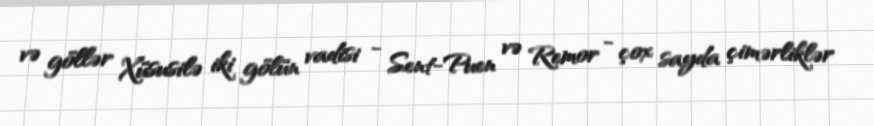
və göllər Xüsusilə iki gölün vadisi - Sent-Puen və Remor - çox sayda çimərliklər